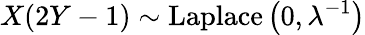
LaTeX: X(2Y-1)\sim{\textrm{Laplace}}\left(0,\lambda^{-1}\right)